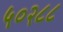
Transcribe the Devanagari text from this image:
५०२८८